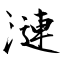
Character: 漣